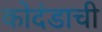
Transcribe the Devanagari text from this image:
कोदंडाची